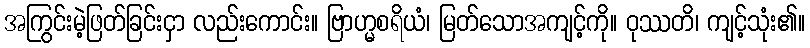
အကြွင်းမဲ့ဖြတ်ခြင်းငှာ လည်းကောင်း။ ဗြာဟ္မစရိယံ၊ မြတ်သောအကျင့်ကို။ ဝုဿတိ၊ ကျင့်သုံး၏။